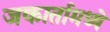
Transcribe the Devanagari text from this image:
जकार्तामध्ये